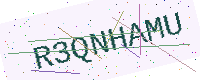
Text: R3QNHAMU